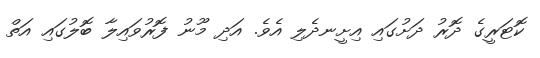
ކޮޓަރީގެ ދޮރު ދަށުގައި އިށީނދެލި އެވެ. އަދި މޫނު ފޮރުވައިލާ ބޮލުގައި އަތް